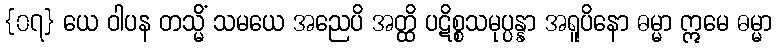
{၀၇} ယေ ဝါပန တသ္မိံ သမယေ အညေပိ အတ္ထိ ပဋိစ္စသမုပ္ပန္နာ အရူပိနော ဓမ္မာ ဣမေ ဓမ္မာ